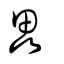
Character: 畾